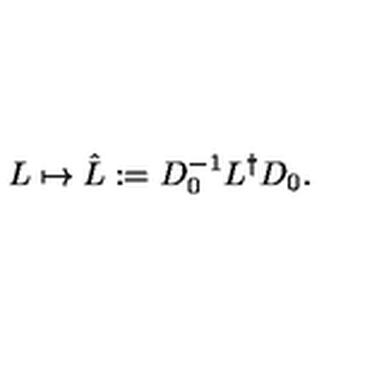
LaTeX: L \mapsto \hat { L } : = D _ { 0 } ^ { - 1 } L ^ { \dagger } D _ { 0 } .